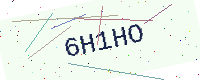
Text: 6H1HO